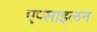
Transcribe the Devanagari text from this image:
एप्साइलन